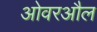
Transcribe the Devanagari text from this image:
ओवरऔल